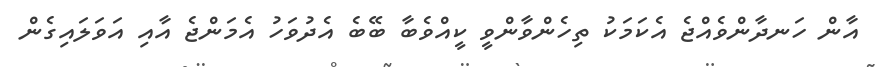
އާން ހަނދާންވެއްޖެ އެކަމަކު ތިހެންވާންވީ ކީއްވެބާ ބޭބެ އެދުވަހު އެމަންޖެ އާއި އަވަލައިގެން